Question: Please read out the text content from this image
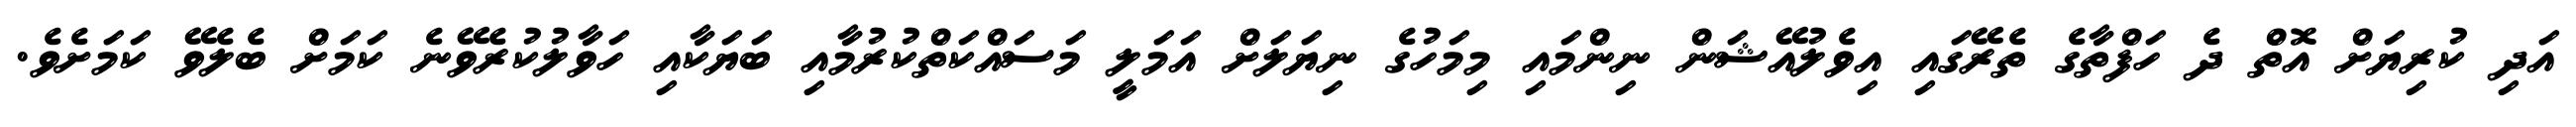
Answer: އަދި ކުރިޔަށް އޮތް ދެ ހަފްތާގެ ތެރޭގައި އިވެލުއޭޝަން ނިންމައި މިމަހުގެ ނިޔަލަށް އަމަލީ މަސައްކަތްކުރުމާއި ބަޔަކާއި ހަވާލުކުރެވޭނެ ކަމަށް ބެލެވޭ ކަމަށެވެ.